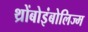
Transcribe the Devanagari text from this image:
थ्रोंबोइंबोलिज्म